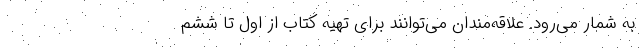
به شمار می‌رود. علاقه‌مندان می‌توانند برای تهیه کتاب از اول تا ششم